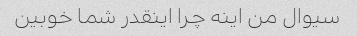
سیوال من اینه چرا اینقدر شما خوبین